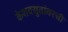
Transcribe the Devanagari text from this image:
केशवसुतांवरची